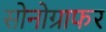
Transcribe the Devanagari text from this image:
सोनोग्राफर